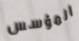
المؤسس